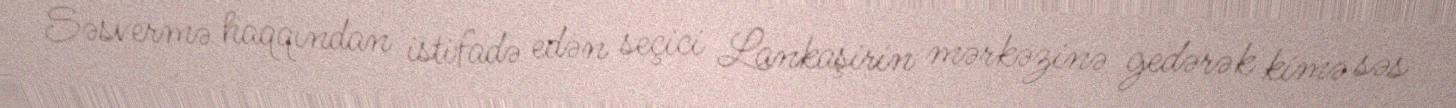
Səsvermə haqqından istifadə edən seçici Lankaşirin mərkəzinə gedərək kimə səs